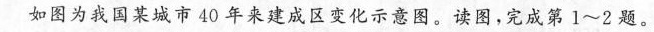
如图为我国某城市40年来建成区变化示意图。读图，完成第l~2题。